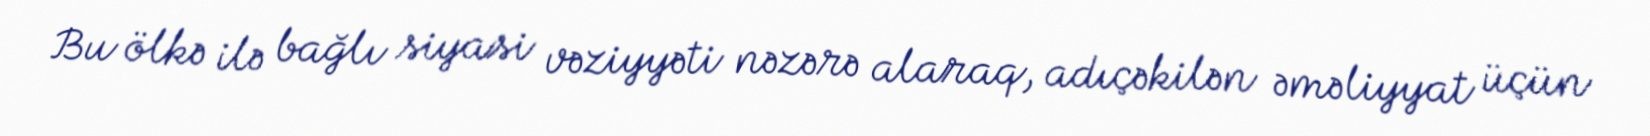
Bu ölkə ilə bağlı siyasi vəziyyəti nəzərə alaraq, adıçəkilən əməliyyat üçün